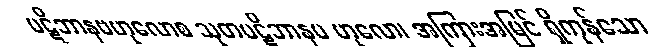
ပဋိဘာနဗဟုလောစ သုတပဋိဘာနဗ ဟုလော၊ အကြားအမြင် ရှိကုန်သော